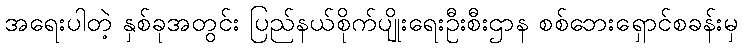
အရေးပါတဲ့ နှစ်ခုအတွင်း ပြည်နယ်စိုက်ပျိုးရေးဦးစီးဌာန စစ်ဘေးရှောင်စခန်းမှ